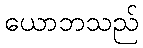
ယောဘသည်